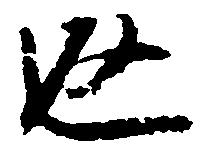
返